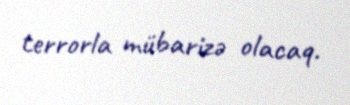
terrorla mübarizə olacaq.